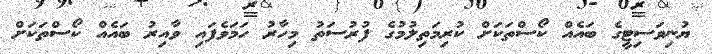
ޔުނިވަސިޓީގެ ބައެއް ކޯސްތަކަށް ކުރިމަތިލުމުގެ ފުރުސަތު މިހާރު ހަމަވެފައި ވާއިރު ބައެއް ކޯސްތަކަށް